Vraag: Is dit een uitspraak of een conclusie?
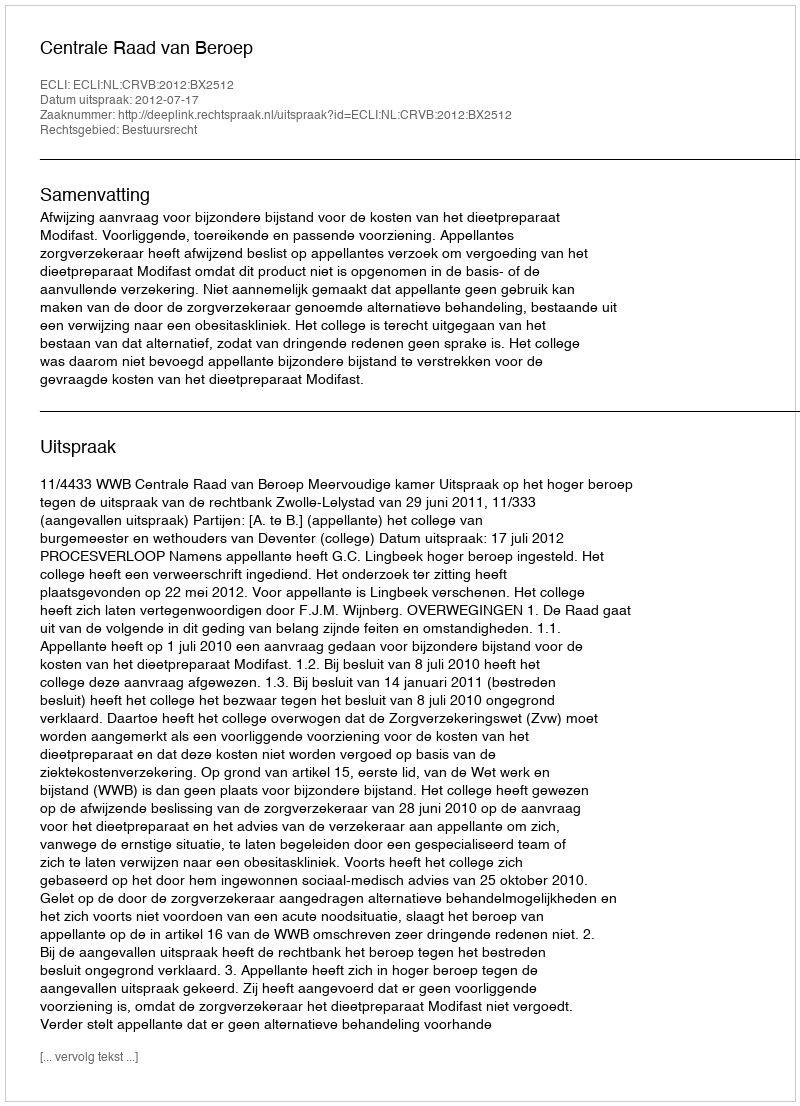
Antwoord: Uitspraak